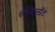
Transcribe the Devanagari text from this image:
सॅमिज़्डॅट